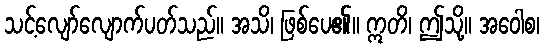
သင့်လျော်လျောက်ပတ်သည်။ အသိ၊ ဖြစ်ပေ၏။ ဣတိ၊ ဤသို့။ အဝေါစ၊